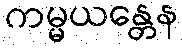
ကမ္မယန္တေန